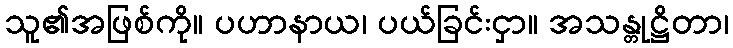
သူ၏အဖြစ်ကို။ ပဟာနာယ၊ ပယ်ခြင်းငှာ။ အသန္တုဋ္ဌိတာ၊